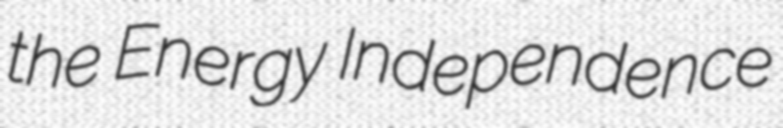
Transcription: the Energy Independence